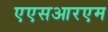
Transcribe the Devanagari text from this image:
एएसआरएम